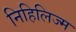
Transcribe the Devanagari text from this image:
निहिलिज्म